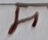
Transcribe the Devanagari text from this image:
म